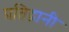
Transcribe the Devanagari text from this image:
प्रतिद्वानी